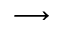
\longrightarrow